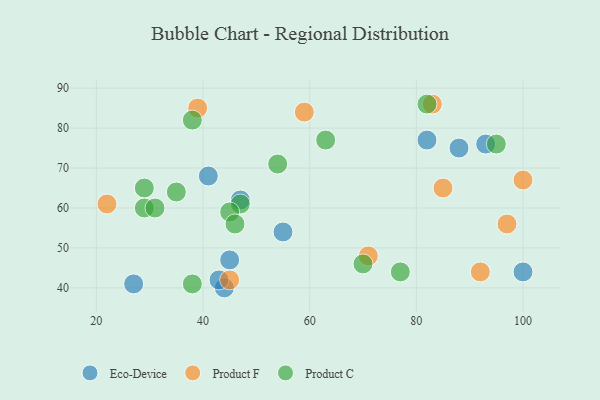
{"axis": {"x": "GDP", "y": "Life Expectancy"}, "legend": ["Eco-Device", "Product C", "Product F"], "data": [{"x": "82", "y": 77, "type": "Eco-Device"}, {"x": "44", "y": 40, "type": "Eco-Device"}, {"x": "43", "y": 42, "type": "Eco-Device"}, {"x": "88", "y": 75, "type": "Eco-Device"}, {"x": "47", "y": 62, "type": "Eco-Device"}, {"x": "55", "y": 54, "type": "Eco-Device"}, {"x": "27", "y": 41, "type": "Eco-Device"}, {"x": "100", "y": 44, "type": "Eco-Device"}, {"x": "45", "y": 47, "type": "Eco-Device"}, {"x": "41", "y": 68, "type": "Eco-Device"}, {"x": "93", "y": 76, "type": "Eco-Device"}, {"x": "100", "y": 67, "type": "Product F"}, {"x": "92", "y": 44, "type": "Product F"}, {"x": "59", "y": 84, "type": "Product F"}, {"x": "97", "y": 56, "type": "Product F"}, {"x": "45", "y": 42, "type": "Product F"}, {"x": "83", "y": 86, "type": "Product F"}, {"x": "39", "y": 85, "type": "Product F"}, {"x": "71", "y": 48, "type": "Product F"}, {"x": "22", "y": 61, "type": "Product F"}, {"x": "85", "y": 65, "type": "Product F"}, {"x": "29", "y": 65, "type": "Product C"}, {"x": "47", "y": 61, "type": "Product C"}, {"x": "63", "y": 77, "type": "Product C"}, {"x": "38", "y": 82, "type": "Product C"}, {"x": "45", "y": 59, "type": "Product C"}, {"x": "70", "y": 46, "type": "Product C"}, {"x": "35", "y": 64, "type": "Product C"}, {"x": "77", "y": 44, "type": "Product C"}, {"x": "38", "y": 41, "type": "Product C"}, {"x": "95", "y": 76, "type": "Product C"}, {"x": "82", "y": 86, "type": "Product C"}, {"x": "46", "y": 56, "type": "Product C"}, {"x": "54", "y": 71, "type": "Product C"}, {"x": "29", "y": 60, "type": "Product C"}, {"x": "31", "y": 60, "type": "Product C"}]}